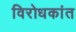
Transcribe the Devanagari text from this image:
विरोधकांत